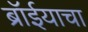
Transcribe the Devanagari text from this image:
ब्रॉईयाचा